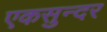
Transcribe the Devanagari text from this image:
एकसुन्दर